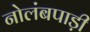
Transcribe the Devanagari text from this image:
नोलंबपाड़ी